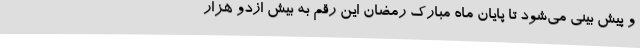
و پیش بینی می‌شود تا پایان ماه مبارک رمضان این رقم به بیش ازدو هزار